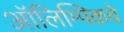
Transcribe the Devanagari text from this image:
आॅलिम्पिकचे